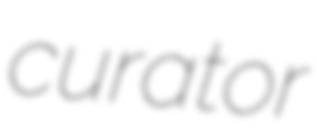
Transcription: curator